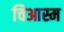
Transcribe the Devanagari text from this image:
चिआस्म